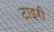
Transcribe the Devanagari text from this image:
टाइरी